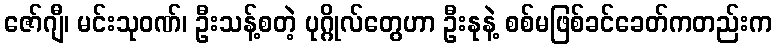
ဇော်ဂျီ၊ မင်းသုဝဏ်၊ ဦးသန့်စတဲ့ ပုဂ္ဂိုလ်တွေဟာ ဦးနုနဲ့ စစ်မဖြစ်ခင်ခေတ်ကတည်းက